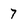
Character: 7